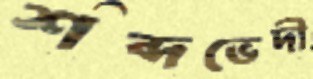
শব্দভেদী